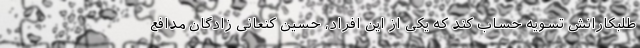
طلبکارانش تسویه حساب کند که یکی از این افراد، حسین کنعانی زادگان مدافع